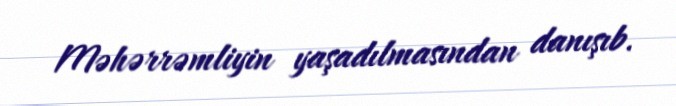
Məhərrəmliyin yaşadılmasından danışıb.